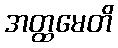
အတ္ထမေတိ